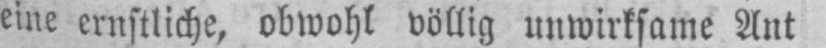
eine ernstliche, obwohl völlig unwirksame Ant